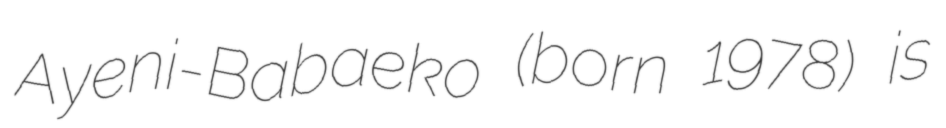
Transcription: Ayeni-Babaeko (born 1978) is